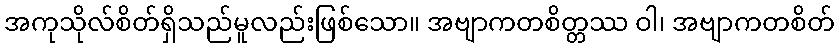
အကုသိုလ်စိတ်ရှိသည်မူလည်းဖြစ်သော။ အဗျာကတစိတ္တဿ ဝါ၊ အဗျာကတစိတ်